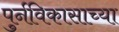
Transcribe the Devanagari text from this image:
पुर्नविकासाच्या